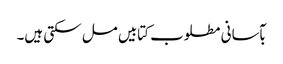
بآسانی مطلوب کتابیں مل سکتی ہیں۔